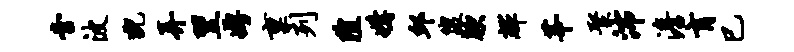
啻波猊弄翌娉禀列隍媾邱盥腴辉莘聚沛澹肓巳